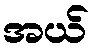
အယ်